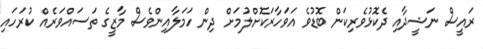
ރައީސް ނަޝީދާއި ދެކޮޅުވެރިކަން ބޮޑުވެ އަވަހާރަކޮށްލުމަށް ދިން ހަމަލާއިންވެސް މާޒީގެ ތަސައްވަރެއް ކުރަހައި